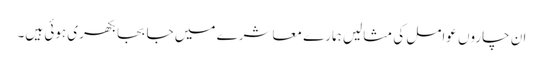
ان چاروں عوامل کی مثالیں ہمارے معاشرے میں جا بجا بکھری ہوئی ہیں۔